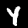
Label: 4